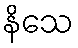
နိသေ